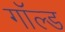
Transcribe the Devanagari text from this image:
गॉल्ड